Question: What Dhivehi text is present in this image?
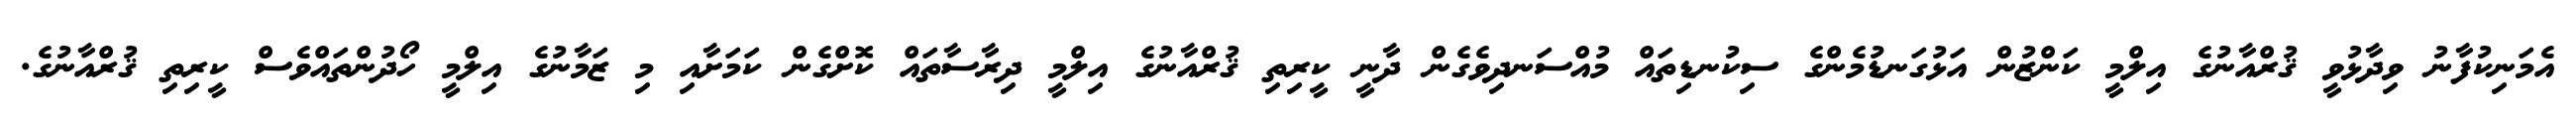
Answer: އެމަނިކުފާނު ވިދާޅުވީ ޤުރްއާނުގެ އިލްމީ ކަންޒުން އަޅުގަނޑުމެންގެ ސިކުނޑިތައް މުއްސަނދިވެގެން ދާނީ ކީރިތި ޤުރްއާނުގެ އިލްމީ ދިރާސާތައް ކޮށްގެން ކަމަށާއި މި ޒަމާނުގެ އިލްމީ ހޯދުންތައްވެސް ކީރިތި ޤުރްއާނުގެ.